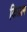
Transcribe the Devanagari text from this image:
किग्राम